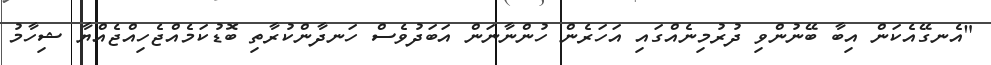
"އެނގޭއެކަން އިބާ ބޭނުންވި ދުރުމިނެއްގައި އަހަރެން ހުންނާނަން އަބަދުވެސް ހަނދާންކުރާތި ބޮޑުކަމެއްޖެހިއްޖެއްޔާ ޝިހާމު